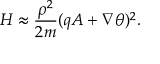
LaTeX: H \approx { \frac { \rho ^ { 2 } } { 2 m } } ( q A + \nabla \theta ) ^ { 2 } .